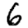
Digit: 6